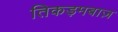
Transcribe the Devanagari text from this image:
तिकड़मबाज़